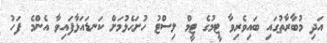
އަދި މުބާރާތުގައި ބައިވެރިވާ ޓީމުގެ ޓީމް ލިސްޓު ހުށަހެޅުމަށް ކަނޑައަޅާފައިވާ އެންމެ ފަހު